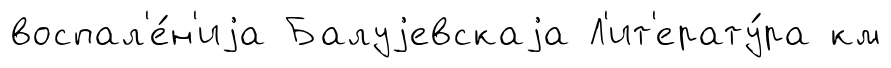
воспал'е́н'иjа Балуjевскаjа Л'ит'ерату́ра км